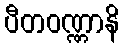
ပီတဝဏ္ဏာနိ